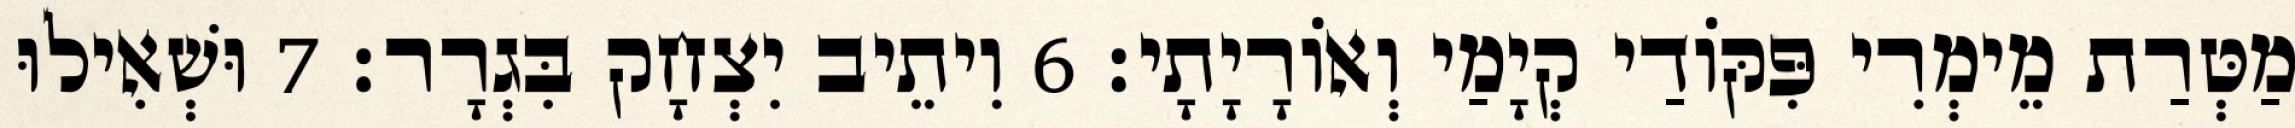
מַטְּרַת מֵימְרִי פִּקּוֹדַי קְיָמַי וְאוֹרָיָתָי׃ 6 וִיתֵיב יִצְחָק בִּגְרָר׃ 7 וּשְׁאִילוּ